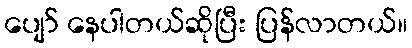
ပျော် နေပါတယ်ဆိုပြီး ပြန်လာတယ်။